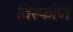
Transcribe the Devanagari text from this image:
विस्फोर्ण